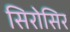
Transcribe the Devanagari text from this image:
सिरोसिर